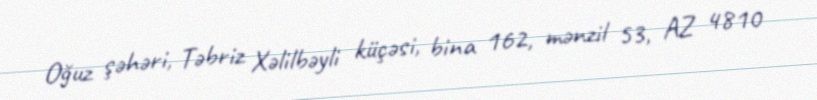
Oğuz şəhəri, Təbriz Xəlilbəyli küçəsi, bina 162, mənzil 53, AZ 4810